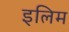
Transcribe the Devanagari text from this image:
इलिम